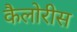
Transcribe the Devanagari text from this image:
कैलोरीस